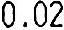
0.02